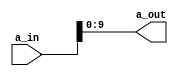
`timescale 1ns / 1ps
//////////////////////////////////////////////////////////////////////////////////
// Company: 
// Engineer: 
// 
// Design Name: 
// Module Name: address_splitter
// Project Name: 
// Target Devices: 
// Tool Versions: 
// Description: 
// 
// Dependencies: 
// 
// Revision:
// Revision 0.01 - File Created
// Additional Comments:
// 
//////////////////////////////////////////////////////////////////////////////////


module address_splitter(
    a_in, a_out
    );
    input [63:0] a_in;
    output [9:0] a_out;
    
    assign a_out = a_in[9:0];
endmodule